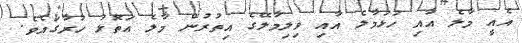
އެއީ މާލެ އާއި ހުޅުމާލެ އާއި ވިލިމާލޭގެ އިތުރުން މާލެ އަތޮޅު ހުރާގައެވެ.